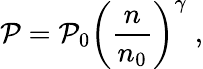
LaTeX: \mathcal{P}=\mathcal{P}_{0}\left(\frac{{n}}{{n_{0}}}\right)^{\gamma}\; ,